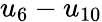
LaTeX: u_{6}-u_{10}